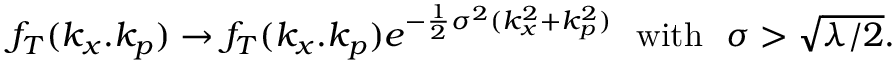
\begin{array} { r } { f _ { T } ( k _ { x } . k _ { p } ) \rightarrow f _ { T } ( k _ { x } . k _ { p } ) e ^ { - \frac { 1 } { 2 } \sigma ^ { 2 } ( k _ { x } ^ { 2 } + k _ { p } ^ { 2 } ) } \ \ \mathrm { w i t h } \ \ \sigma > \sqrt { { \lambda } / { 2 } } . } \end{array}